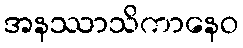
အနဿာသိကာနေဝ